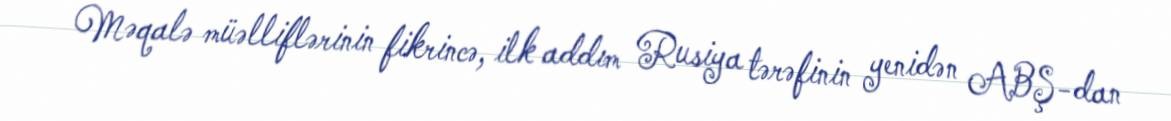
Məqalə müəlliflərinin fikrincə, ilk addım Rusiya tərəfinin yenidən ABŞ-dan